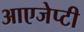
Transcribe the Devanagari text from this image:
आएजेप्टी